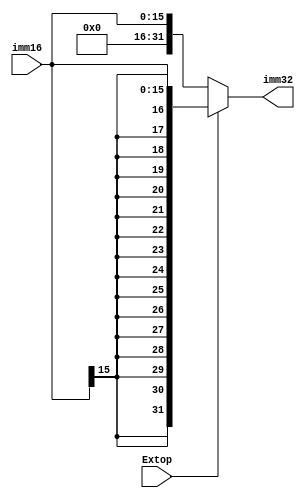
module extend (
    imm16,imm32,Extop
);
    
input[15:0] imm16;
input Extop;
output[31:0] imm32;

reg[31:0] temp;

always @(*) begin
    if(Extop==0)
        temp={16'b0,imm16[15:0]};               // 
    else
        temp={{16{imm16[15]}},imm16[15:0]};     // 
end

assign imm32=temp;

endmodule